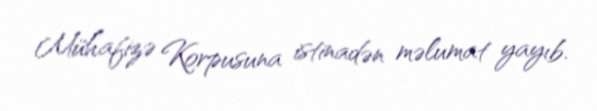
Mühafizə Korpusuna istinadən məlumat yayıb.